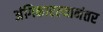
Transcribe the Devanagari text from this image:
अंगिकारल्यानंतर